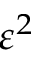
\varepsilon ^ { 2 }